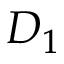
D _ { 1 }